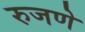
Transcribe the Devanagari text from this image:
रुजणे